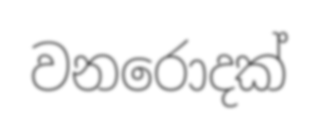
වනරොදක්